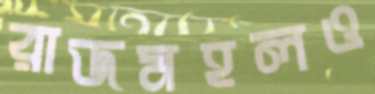
রাজমহলও